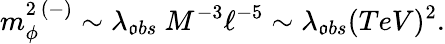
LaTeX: m_{\phi}^{2\ (-)}\sim\lambda_{\mathfrak{o}bs}\ M^{-3}\ell^{-5}\sim\lambda_{\mathfrak{o}bs}(TeV)^{2}.